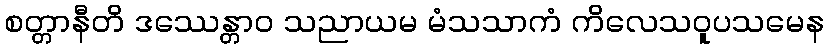
စတ္တာနီတိ ဒဿေန္တာဝ သညာယမ မံသသာကံ ကိလေသဝူပသမေန